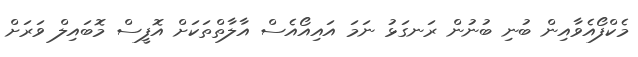
މެކްފޯއެވާއިން ބުނި ބުނުން ރަނގަޅު ނަމަ އައިއޯއެސް އާލާތްތަކަށް އޮފީސް މޮބައިލް ވަރަށް